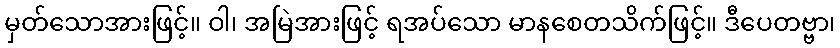
မှတ်သောအားဖြင့်။ ဝါ၊ အမြဲအားဖြင့် ရအပ်သော မာနစေတသိက်ဖြင့်။ ဒီပေတဗ္ဗာ၊